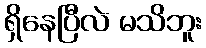
ရှိနေပြီလဲ မသိဘူး